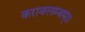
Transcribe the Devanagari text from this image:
करावलम्बम्।।